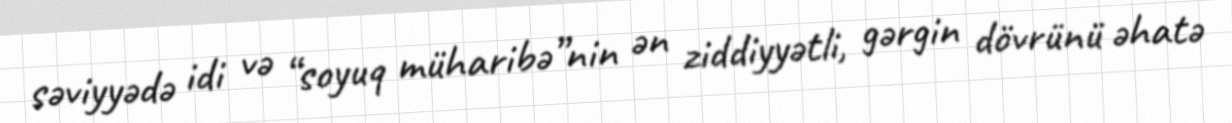
səviyyədə idi və “soyuq müharibə”nin ən ziddiyyətli, gərgin dövrünü əhatə